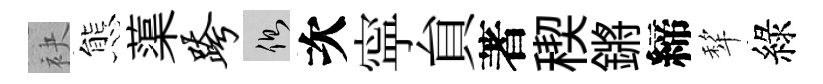
袂態蕖跨側次寜貟著稧鏘締犂綠